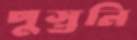
পুস্তনি